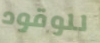
للوقود